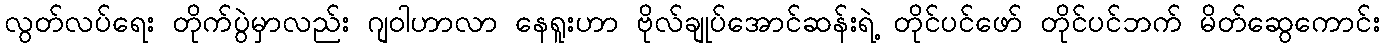
လွတ်လပ်ရေး တိုက်ပွဲမှာလည်း ဂျဝါဟာလာ နေရူးဟာ ဗိုလ်ချုပ်အောင်ဆန်းရဲ့ တိုင်ပင်ဖော် တိုင်ပင်ဘက် မိတ်ဆွေကောင်း